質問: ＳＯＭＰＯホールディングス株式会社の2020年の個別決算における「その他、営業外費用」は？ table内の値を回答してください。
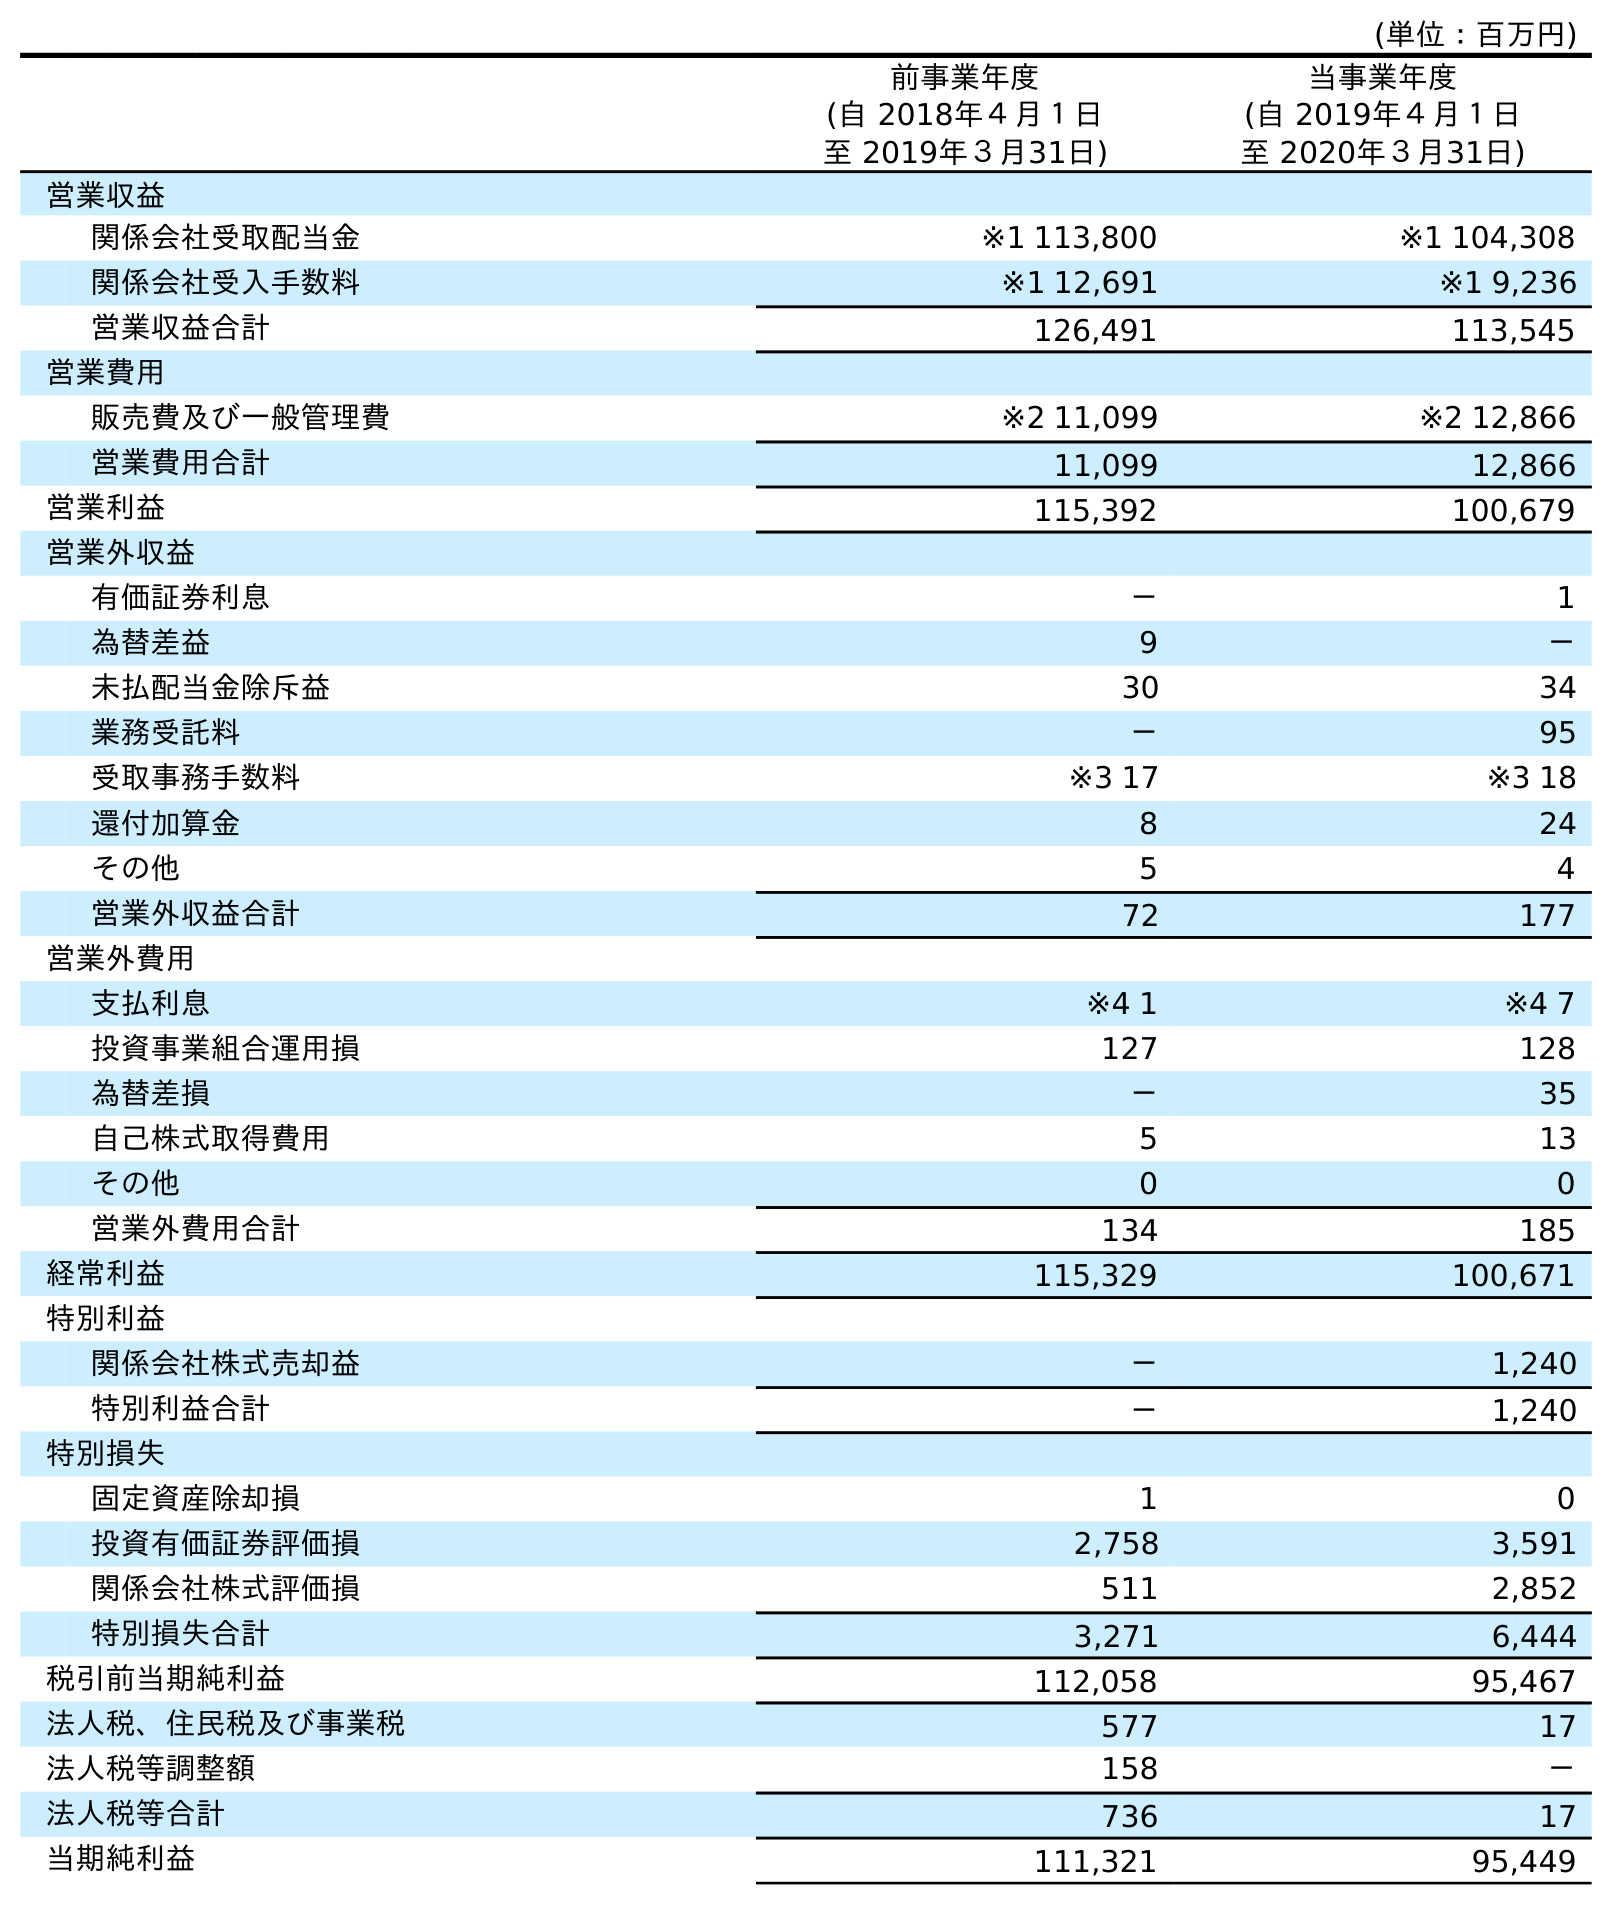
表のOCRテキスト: (単位：百万円) 前事業年度 (自 2018年４月１日 至 2019年３月31日) 当事業年度 (自 2019年４月１日 至 2020年３月31日) 営業収益 関係会社受取配当金 ※1 113,800 ※1 104,308 関係会社受入手数料 ※1 12,691 ※1 9,236 営業収益合計 126,491 113,545 営業費用 販売費及び一般管理費 ※2 11,099 ※2 12,866 営業費用合計 11,099 12,866 営業利益 115,392 100,679 営業外収益 有価証券利息 － 1 為替差益 9 － 未払配当金除斥益 30 34 業務受託料 － 95 受取事務手数料 ※3 17 ※3 18 還付加算金 8 24 その他 5 4 営業外収益合計 72 177 営業外費用 支払利息 ※4 1 ※4 7 投資事業組合運用損 127 128 為替差損 － 35 自己株式取得費用 5 13 その他 0 0 営業外費用合計 134 185 経常利益 115,329 100,671 特別利益 関係会社株式売却益 － 1,240 特別利益合計 － 1,240 特別損失 固定資産除却損 1 0 投資有価証券評価損 2,758 3,591 関係会社株式評価損 511 2,852 特別損失合計 3,271 6,444 税引前当期純利益 112,058 95,467 法人税、住民税及び事業税 577 17 法人税等調整額 158 － 法人税等合計 736 17 当期純利益 111,321 95,449
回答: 0